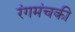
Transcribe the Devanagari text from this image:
रंगमंचकी